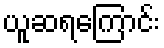
ယူဆရကြောင်း